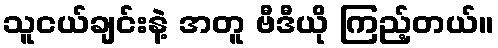
သူငယ်ချင်းနဲ့ အတူ ဗီဒီယို ကြည့်တယ်။